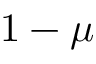
1 - \mu